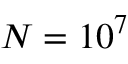
N = 1 0 ^ { 7 }